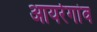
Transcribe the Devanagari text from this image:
आयरेगांव